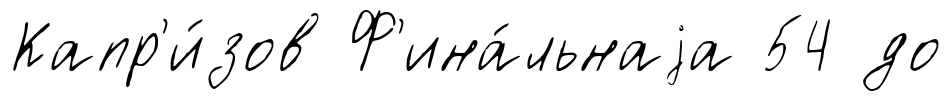
Капр'и́зов Ф'ина́льнаjа 54 до